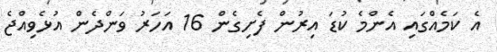
އެ ކަމެއްގައި އެންމެ ކުޑަ އިރުން ފެށިގެން 16 އަހަރު ވަންދެން އުޅެވިއްޖެ